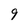
Character: 9